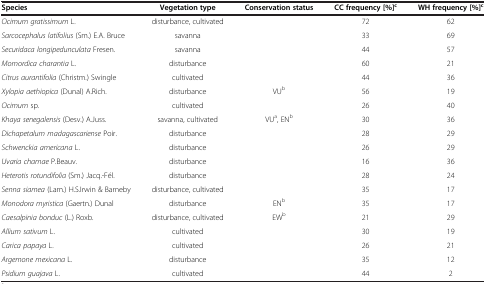
<table><thead><tr><td><b>Species</b></td><td><b>Vegetation type</b></td><td><b>Conservation status</b></td><td><b>CC frequency [%]<sup>c</sup></b></td><td><b>WH frequency [%]<sup>c</sup></b></td></tr></thead><tbody><tr><td><i>Ocimum gratissimum</i> L.</td><td>disturbance, cultivated</td><td> </td><td>72</td><td>62</td></tr><tr><td><i>Sarcocephalus latifolius</i> (Sm.) E.A. Bruce</td><td>savanna</td><td> </td><td>33</td><td>69</td></tr><tr><td><i>Securidaca longipedunculata</i> Fresen.</td><td>savanna</td><td> </td><td>44</td><td>57</td></tr><tr><td><i>Momordica charantia</i> L.</td><td>disturbance</td><td> </td><td>60</td><td>21</td></tr><tr><td><i>Citrus aurantifolia</i> (Christm.) Swingle</td><td>cultivated</td><td> </td><td>44</td><td>36</td></tr><tr><td><i>Xylopia aethiopica</i> (Dunal) A.Rich.</td><td>disturbance</td><td>VU<sup>b</sup></td><td>56</td><td>19</td></tr><tr><td><i>Ocimum</i> sp.</td><td>cultivated</td><td> </td><td>26</td><td>40</td></tr><tr><td><i>Khaya senegalensis</i> (Desv.) A.Juss.</td><td>savanna, cultivated</td><td>VU<sup>a</sup>, EN<sup>b</sup></td><td>30</td><td>36</td></tr><tr><td><i>Dichapetalum madagascariense</i> Poir.</td><td>disturbance</td><td> </td><td>28</td><td>29</td></tr><tr><td><i>Schwenckia americana</i> L.</td><td>disturbance</td><td> </td><td>26</td><td>29</td></tr><tr><td><i>Uvaria chamae</i> P.Beauv.</td><td>disturbance</td><td> </td><td>16</td><td>36</td></tr><tr><td><i>Heterotis rotundifolia</i> (Sm.) Jacq.-Fél.</td><td>disturbance</td><td> </td><td>28</td><td>24</td></tr><tr><td><i>Senna siamea</i> (Lam.) H.S.Irwin &amp; Barneby</td><td>disturbance, cultivated</td><td> </td><td>35</td><td>17</td></tr><tr><td><i>Monodora myristica</i> (Gaertn.) Dunal</td><td>disturbance</td><td>EN<sup>b</sup></td><td>35</td><td>17</td></tr><tr><td><i>Caesalpinia bonduc</i> (L.) Roxb.</td><td>disturbance, cultivated</td><td>EW<sup>b</sup></td><td>21</td><td>29</td></tr><tr><td><i>Allium sativum</i> L.</td><td>cultivated</td><td> </td><td>30</td><td>19</td></tr><tr><td><i>Carica papaya</i> L.</td><td>cultivated</td><td> </td><td>26</td><td>21</td></tr><tr><td><i>Argemone mexicana</i> L<i>.</i></td><td>disturbance</td><td> </td><td>35</td><td>12</td></tr><tr><td><i>Psidium guajava</i> L.</td><td>cultivated</td><td> </td><td>44</td><td>2</td></tr></tbody></table>